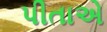
પીતાએ